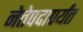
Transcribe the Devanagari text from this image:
नेतेपदापर्यंत